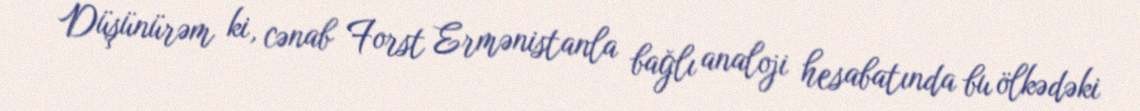
Düşünürəm ki, cənab Forst Ermənistanla bağlı analoji hesabatında bu ölkədəki